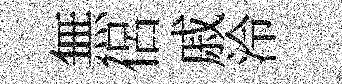
無侶戚泠